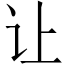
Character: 让